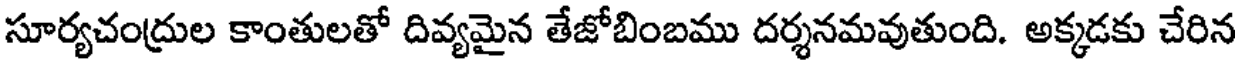
సూర్యచంద్రుల కాంతులతో దివ్యమైన తేజోబింబము దర్శనమవుతుంది. అక్కడకు చేరిన